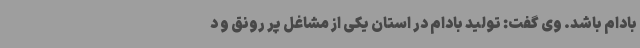
بادام باشد. وی گفت: تولید بادام در استان یکی از مشاغل پر رونق و د